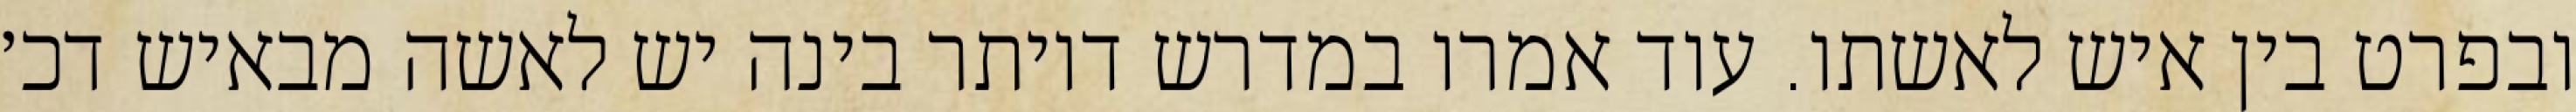
ובפרט בין איש לאשתו. עוד אמרו במדרש דיותר בינה יש לאשה מבאיש דכ׳